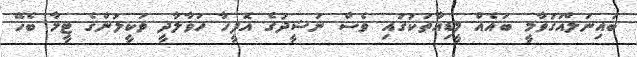
ބައިނަލްއަގުވާމީ ބައެއް މީޑިއާތަކުގައި ވެސް ނަޝީދުގެ އޮފީހާ ހަވާލާދީ ވަކީލުންގެ ޓީމާ ބެހޭ